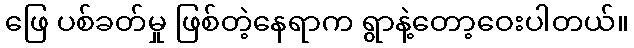
ဖြေ ပစ်ခတ်မှု ဖြစ်တဲ့နေရာက ရွာနဲ့တော့ဝေးပါတယ်။